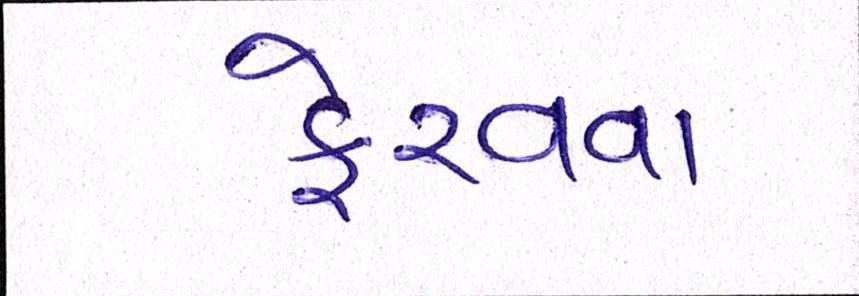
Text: ફેરવવા